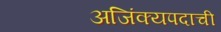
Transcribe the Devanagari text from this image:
अजिंक्यपदाची